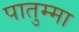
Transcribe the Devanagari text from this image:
पातुम्मा